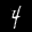
Label: 4